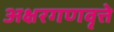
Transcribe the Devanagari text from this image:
अक्षरगणवृत्ते